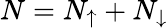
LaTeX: N=N_{\uparrow}+N_{\downarrow}